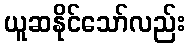
ယူဆနိုင်သော်လည်း